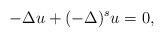
LaTeX: \begin{align*}-\Delta u+(-\Delta)^s u=0,\end{align*}